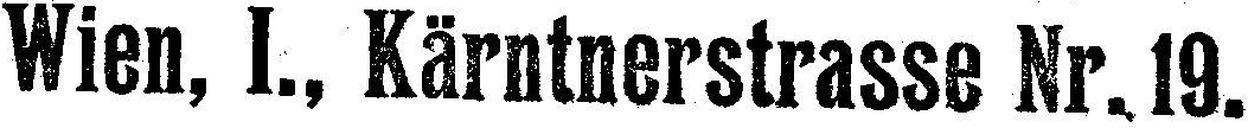
Wien, I., Kärntnerstrasse Nr. 19.